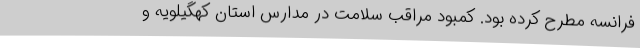
فرانسه مطرح کرده بود. کمبود مراقب سلامت در مدارس استان کهگیلویه و